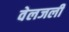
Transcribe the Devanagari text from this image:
वेलजली